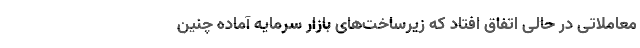
معاملاتی در حالی اتفاق افتاد که زیرساخت‌های بازار سرمایه آماده چنین